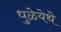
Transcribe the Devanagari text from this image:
धुळेयेथे